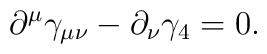
\partial^\mu \gamma_{ \mu \nu}-\partial_{\nu} \gamma_4=0.